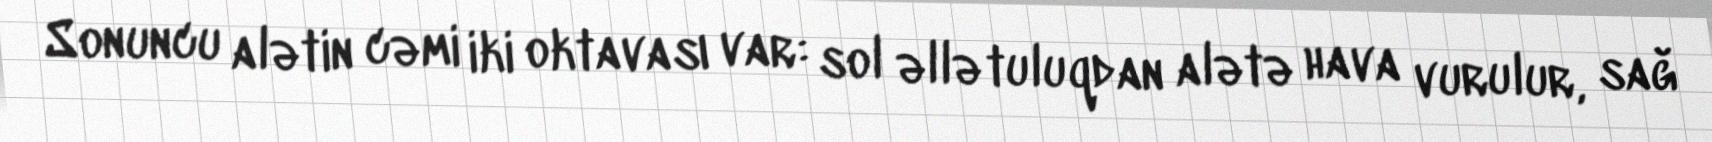
Sonuncu alətin cəmi iki oktavası var: sol əllə tuluqdan alətə hava vurulur, sağ